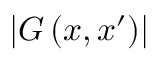
\left| G \left( x , x ^ { \prime } \right) \right|